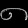
Digit: ၈